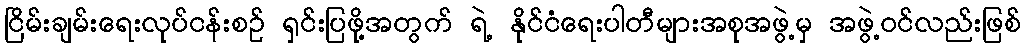
ငြိမ်းချမ်းရေးလုပ်ငန်းစဉ် ရှင်းပြဖို့အတွက် ရဲ့ နိုင်ငံရေးပါတီများအစုအဖွဲ့မှ အဖွဲ့ဝင်လည်းဖြစ်